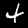
Digit: 4